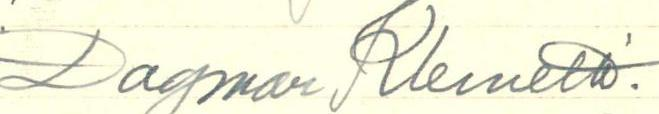
Dagmar Klemetti